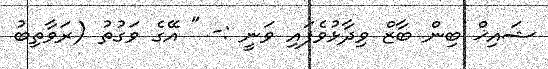
ޝައިޚް ބިން ބާޒް ވިދާޅުވެފައި ވަނީ :- " އޭގެ ވަގުތު (ރަވާތިބު